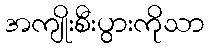
အကျိုးစီးပွားကိုသာ